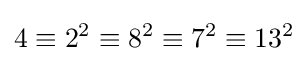
4\equiv 2^{2}\equiv 8^{2}\equiv 7^{2}\equiv 13^{2}